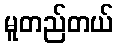
မူတည်တယ်